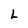
Character: L